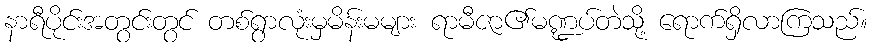
နာရီပိုင်းအတွင်းတွင် တစ်ရွာလုံးမှမိန်းမများ ရာမီဇာ၏မဏ္ဍပ်တဲသို့ ရောက်ရှိလာကြသည်။